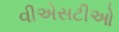
વીએસટીઓ